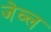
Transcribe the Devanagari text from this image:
जेव्ल